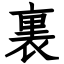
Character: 裏